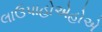
લાઉપાહોએહોએ